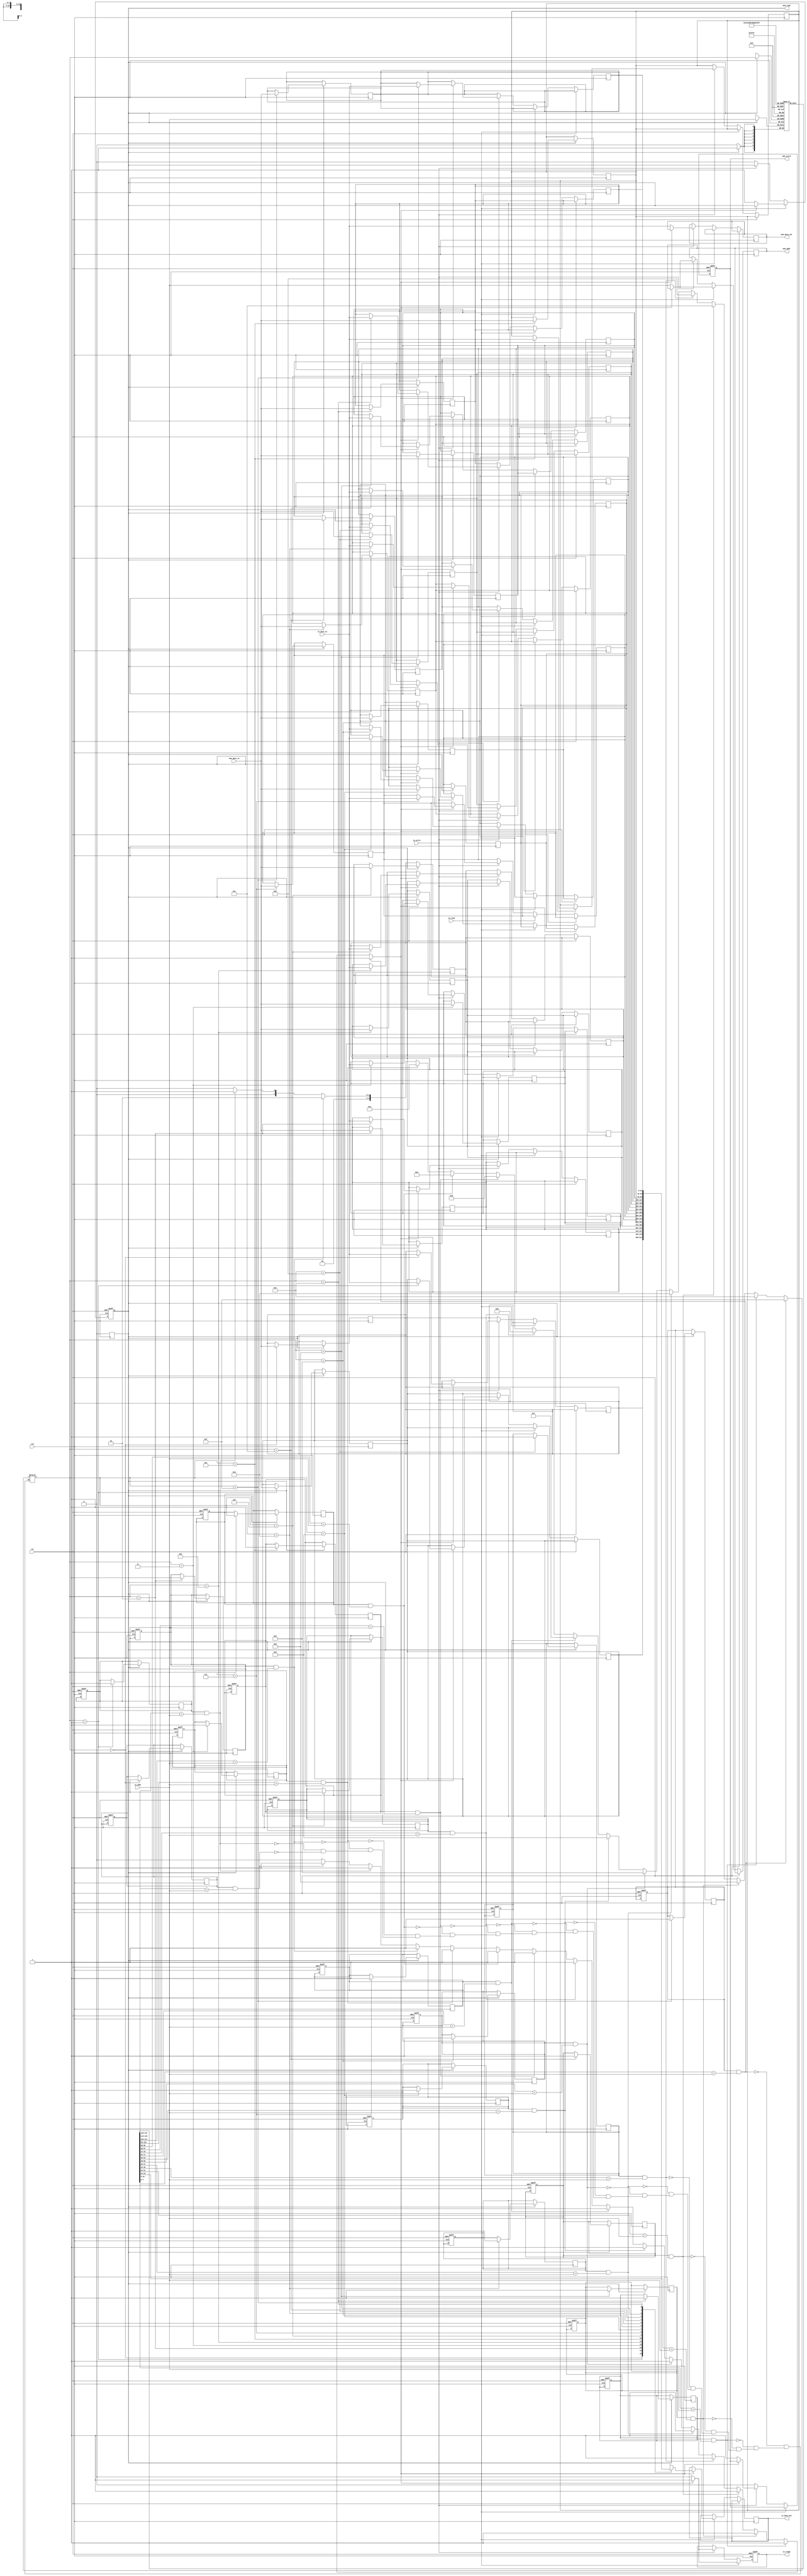
module IO_Block_With_Separate_Cache #(
    parameter CACHE_SIZE = 16, // Number of cache lines
    parameter DATA_WIDTH = 32,  // Width of data
    parameter ADDR_WIDTH = 8    // Address width
)(
    input wire clk,
    input wire rst,
    
    // I/O Interface
    input wire io_read,
    input wire io_write,
    input wire [ADDR_WIDTH-1:0] io_addr,
    input wire [DATA_WIDTH-1:0] io_data_in,
    output reg [DATA_WIDTH-1:0] io_data_out,
    output reg io_ready,

    // Main Memory Interface
    output reg mem_read,
    output reg mem_write,
    output reg [ADDR_WIDTH-1:0] mem_addr,
    output reg [DATA_WIDTH-1:0] mem_data_out,
    input wire [DATA_WIDTH-1:0] mem_data_in
);

// Cache Structure
reg [DATA_WIDTH-1:0] cache_data [0:CACHE_SIZE-1];
reg [ADDR_WIDTH-1:0] cache_tag [0:CACHE_SIZE-1];
reg cache_valid [0:CACHE_SIZE-1];
reg cache_dirty [0:CACHE_SIZE-1];

// Cache Controller
reg [ADDR_WIDTH-1:0] current_addr;
reg cache_hit;

integer i;

// Address Decoder
always @(*) begin
    cache_hit = 0;
    for (i = 0; i < CACHE_SIZE; i = i + 1) begin
        if (cache_valid[i] && (cache_tag[i] == io_addr)) begin
            cache_hit = 1;
            current_addr = i; // Store the index of the hit
        end
    end
end

// Main State Machine
always @(posedge clk or posedge rst) begin
    if (rst) begin
        // Reset all cache entries
        for (i = 0; i < CACHE_SIZE; i = i + 1) begin
            cache_valid[i] <= 0;
            cache_dirty[i] <= 0;
        end
        io_ready <= 0;
        mem_read <= 0;
        mem_write <= 0;
    end else begin
        if (io_read) begin
            // Read Operation
            if (cache_hit) begin
                // Cache Hit
                io_data_out <= cache_data[current_addr];
                io_ready <= 1;
            end else begin
                // Cache Miss
                mem_read <= 1;
                mem_addr <= io_addr;
                io_ready <= 0;
            end
        end else if (io_write) begin
            // Write Operation
            if (cache_hit) begin
                // Cache Hit
                cache_data[current_addr] <= io_data_in;
                cache_dirty[current_addr] <= 1;
                io_ready <= 1;
            end else begin
                // Cache Miss
                mem_write <= 1;
                mem_addr <= io_addr;
                mem_data_out <= io_data_in;
                io_ready <= 0;
            end
        end else begin
            // Reset control signals
            mem_read <= 0;
            mem_write <= 0;
        end
    end
end

// Memory Response Handling
always @(posedge clk) begin
    if (mem_read) begin
        // Update cache on memory read
        cache_data[current_addr] <= mem_data_in;
        cache_tag[current_addr] <= io_addr;
        cache_valid[current_addr] <= 1;
        mem_read <= 0; // Reset memory read signal
    end
end

endmodule